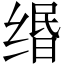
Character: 缗